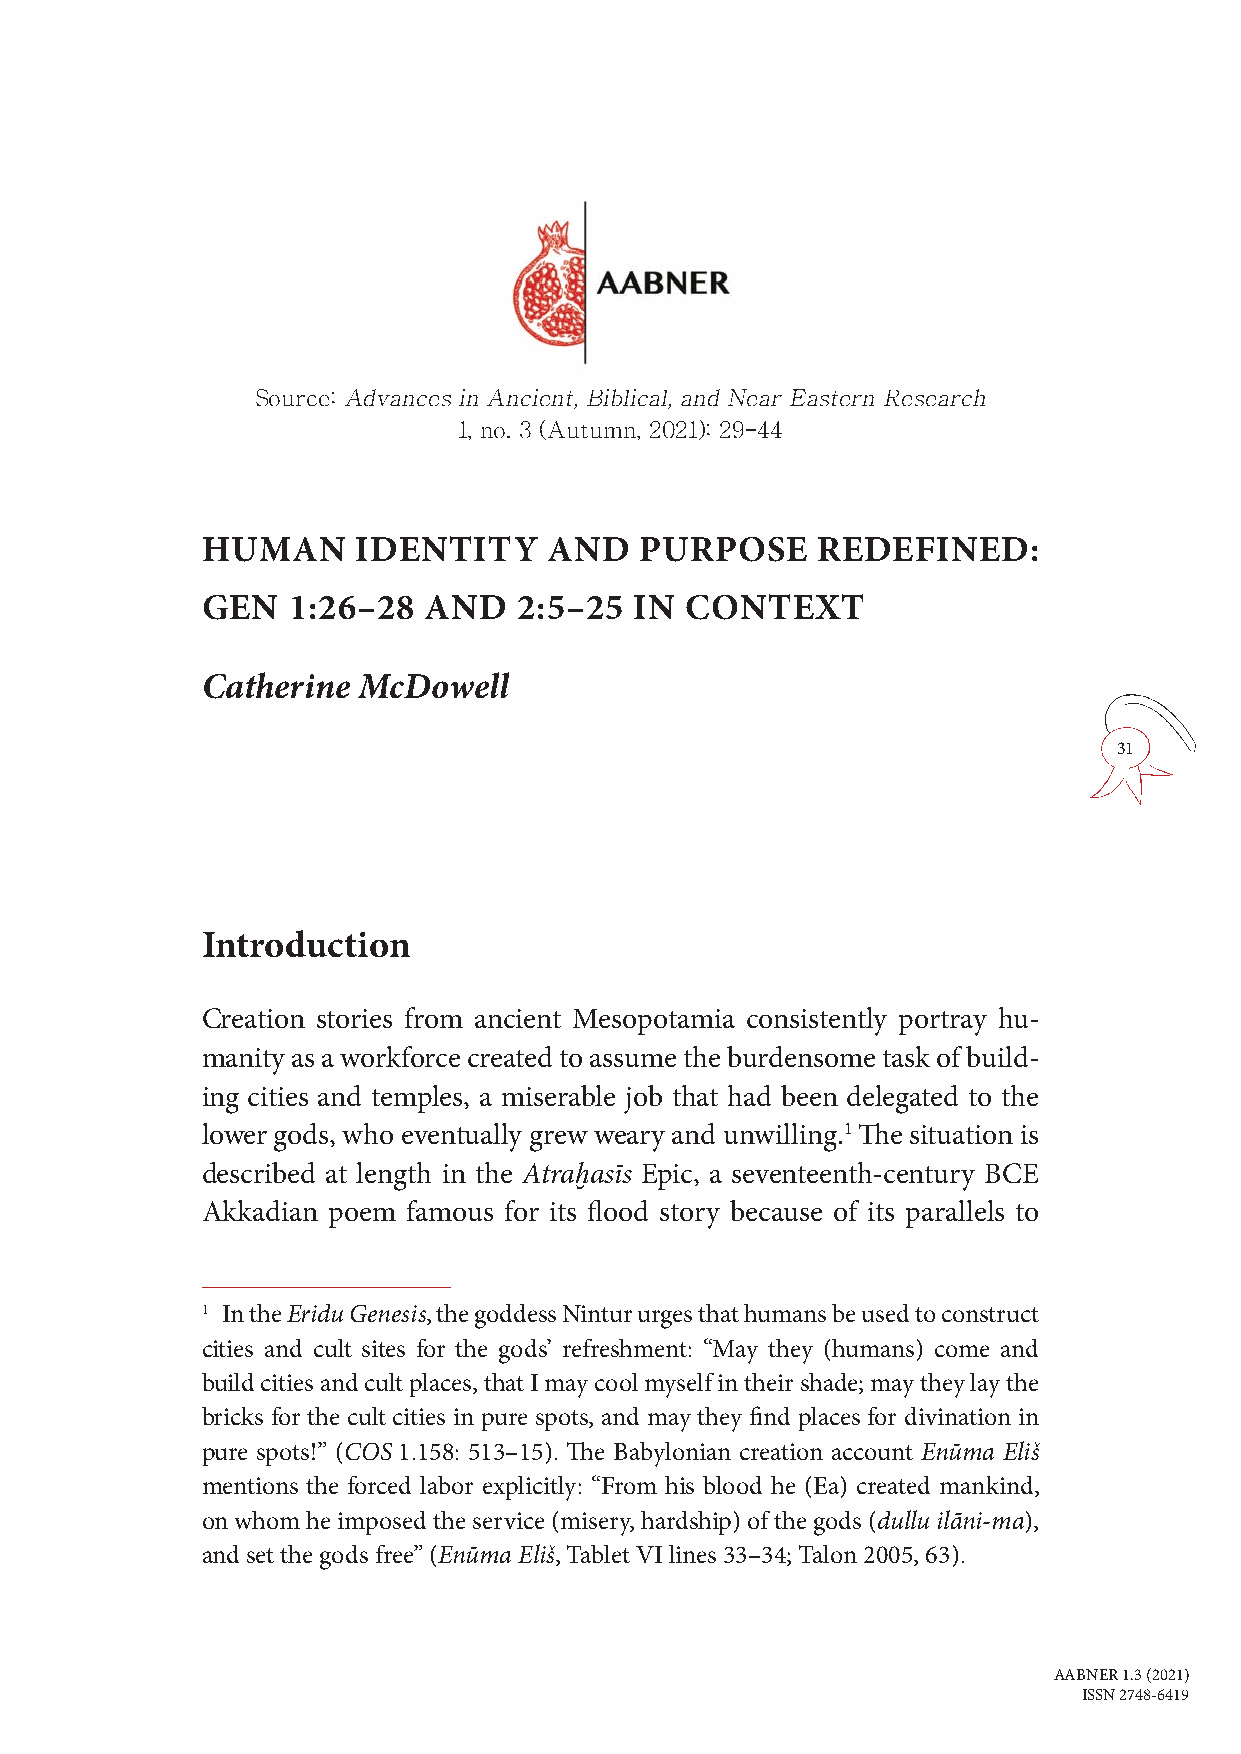
Source: Advances in Ancient, Biblical, and Near Eastern Research
 1, no. 3 (Autumn, 2021): 29–44
 HUMAN      IDENTITY    AND   PURPOSE     REDEFINED:
 GEN   1:26–28  AND   2:5–25  IN CONTEXT
 Catherine  McDowell
 31
 Introduction
 Creation stories from ancient Mesopotamia consistently portray hu-
 manity as a workforce created to assume the burdensome task of build-
 ing cities and temples, a miserable job that had been delegated to the
 lower gods, who eventually grew weary and unwilling.1 The situation is
 described at length in the Atraḫasīs Epic, a seventeenth-century BCE
 Akkadian poem famous for its flood story because of its parallels to
 1 In the Eridu Genesis, the goddess Nintur urges that humans be used to construct
 cities and cult sites for the gods’ refreshment: “May they (humans) come and
 build cities and cult places, that I may cool myself in their shade; may they lay the
 bricks for the cult cities in pure spots, and may they find places for divination in
 pure spots!” (COS 1.158: 513–15). The Babylonian creation account Enūma Eliš
 mentions the forced labor explicitly: “From his blood he (Ea) created mankind,
 on whom he imposed the service (misery, hardship) of the gods (dullu ilāni-ma),
 and set the gods free” (Enūma Eliš, Tablet VI lines 33–34; Talon 2005, 63).
 AABNER 1.3 (2021)
 ISSN 2748-6419